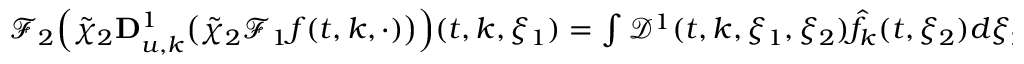
\begin{array} { r } { \mathcal { F } _ { 2 } \Big ( \tilde { \chi } _ { 2 } \mathbf { D } _ { u , k } ^ { 1 } \big ( \tilde { \chi } _ { 2 } \mathcal { F } _ { 1 } f ( t , k , \cdot ) \big ) \Big ) ( t , k , \xi _ { 1 } ) = \int \mathcal { D } ^ { 1 } ( t , k , \xi _ { 1 } , \xi _ { 2 } ) \hat { f } _ { k } ( t , \xi _ { 2 } ) d \xi _ { 2 } , } \end{array}